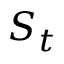
S _ { t }